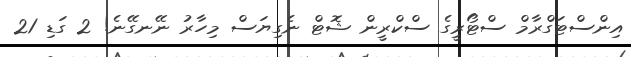
އިންސްޓަގްރާމް ސްޓޯރީގެ ސްކްރީން ޝޮޓް ނެގިޔަސް މިހާރު ނޭނގޭނެ! 2 ގަޑި 21